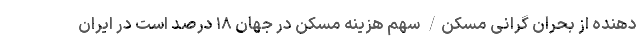
دهنده از بحران گرانی مسکن/ سهم هزینه مسکن در جهان ۱۸ درصد است در ایران